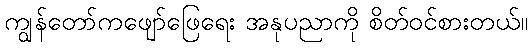
ကျွန်တော်ကဖျော်ဖြေရေး အနုပညာကို စိတ်ဝင်စားတယ်။